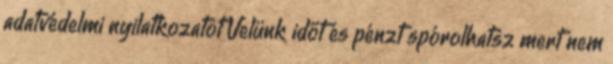
adatvédelmi nyilatkozatot Velünk időt és pénzt spórolhatsz mert nem